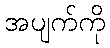
အပျက်ကို